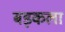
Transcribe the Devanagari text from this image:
बड़कला